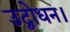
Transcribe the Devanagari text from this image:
उद्बोधन।